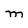
Character: m